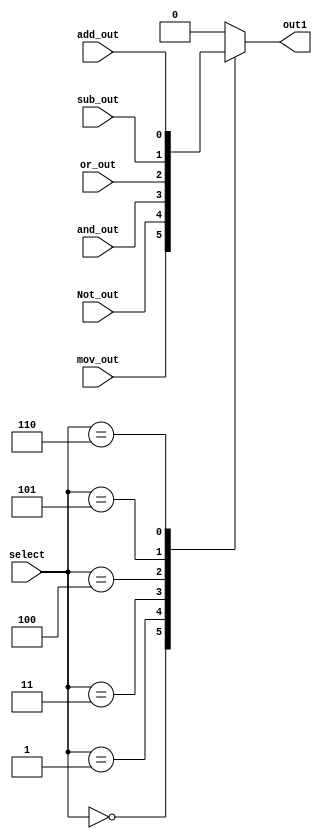
`timescale 1ns / 1ps
//////////////////////////////////////////////////////////////////////////////////
// Company: 
// Engineer: 
// 
// Design Name: 
// Module Name: Three_EightMux
// Project Name: 
// Target Devices: 
// Tool Versions: 
// Description: 
// 
// Dependencies: 
// 
// Revision:
// Revision 0.01 - File Created
// Additional Comments:
// 
//////////////////////////////////////////////////////////////////////////////////


module Three_EightMux(out1, mov_out, Not_out, add_out,sub_out,or_out,and_out,select);
input mov_out, Not_out, add_out,sub_out,or_out,and_out;
input [2:0]select;
output reg out1;




always@(*)
begin
case(select)

3'b000: out1 = mov_out;  
3'b001: out1 = Not_out;
3'b011: out1 = and_out;
3'b100: out1 = or_out;
3'b101: out1 = sub_out;
3'b110: out1 = add_out;
default: out1 = 0;

endcase
end

endmodule